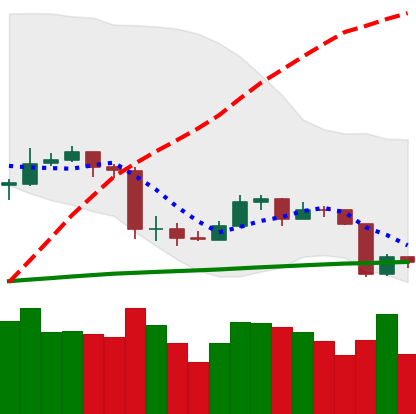
Ticker: ETC-USD
Chart end date: 2020-03-10
Forward return: -25.763%
Label: down_7plus